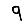
Digit: 9